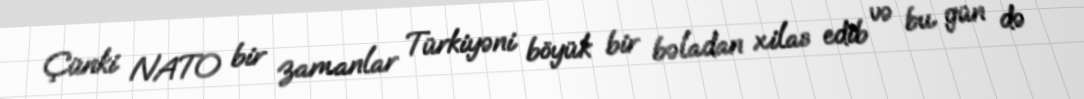
Çünki NATO bir zamanlar Türkiyəni böyük bir bəladan xilas edib və bu gün də